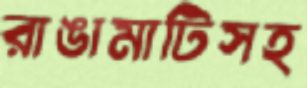
রাঙামাটিসহ